Indian journal of veterinary science and animal husbandry - Volume 14,
Year: 1944
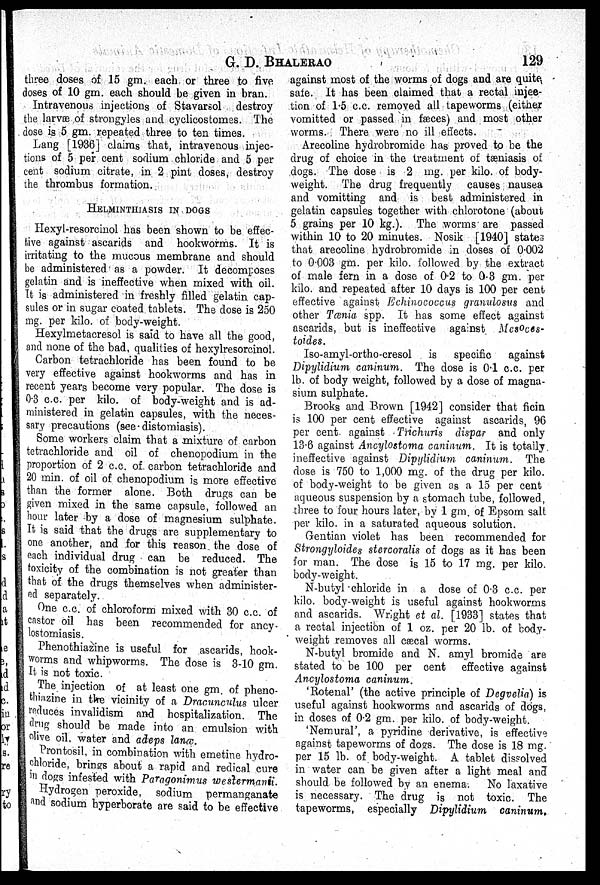
G. D.
BHALERAO
129
three doses of 15 gm. each or three to five
doses of 10 gm. each should be given in bran.
Intravenous injections of Stavarsol destroy
the larvæ of strongyles and cyclicostomes. The
dose is 5 gm. repeated three to ten times.
Lang [1936] claims that, intravenous injec-
tions of 5 per cent sodium chloride and 5 per
cent sodium citrate, in 2 pint doses, destroy
the thrombus formation.
HELMINTHIASIS IN DOGS
Hexyl-resorcinol has been shown to be effec-
tive against ascarids and hookworms. It is
irritating to the mucous membrane and should
be administered as a powder. It decomposes
gelatin and is ineffective when mixed with oil.
It is administered in freshly filled gelatin cap-
sules or in sugar coated tablets. The dose is 250
mg. per kilo. of body-weight.
Hexylmetacresol is said to have all the good,
and none of the bad, qualities of hexylresorcinol.
Carbon tetrachloride has been found to be
very effective against hookworms and has in
recent years become very popular. The dose is
0.3 c.c. per kilo. of body-weight and is ad-
ministered in gelatin capsules, with the neces-
sary precautions (see-distomiasis).
Some workers claim that a mixture of carbon
tetrachloride and oil of chenopodium in the
proportion of 2 c.c. of carbon tetrachloride and
20 min. of oil of chenopodium is more effective
than the former alone. Both drugs can be
given mixed in the same capsule, followed an
hour later by a dose of magnesium sulphate.
It is said that the drugs are supplementary to
one another, and for this reason the dose of
each individual drug can be reduced. The
toxicity of the combination is not greater than
that of the drugs themselves when administer-
ed separately.
One c.c. of chloroform mixed with 30 c.c. of
castor oil has been recommended for ancy-
lostomiasis.
Phenothiazine is useful for ascarids, hook-
worms and whipworms. The dose is 3-10 gm.
It is not toxic.
The injection of at least one gm. of pheno-
thiazine in the vicinity of a Dracunculus ulcer
reduces invalidism and hospitalization. The
drug should be made into an emulsion with
olive oil. water and adeps lanæ.
Prontosil, in combination with emetine hydro-
chloride, brings about a rapid and redical cure
in dogs infested with Paragonimus westermanii.
Hydrogen peroxide, sodium permanganate
and sodium hyperborate are said to be effective
against most of the worms of dogs and are quite
safe. It has been claimed that a rectal injec-
tion of 1.5 c.c. removed all tapeworms (either
vomitted or passed in fæces) and most other
worms. There were no ill effects.
Arecoline hydrobromide has proved to be the
drug of choice in the treatment of tæniasis of
dogs. The dose is 2 mg. per kilo. of body-
weight. The drug frequently
causes nausea
and vomitting and is best administered in
gelatin capsules together with chlorotone (about
5 grains per 10 kg.). The worms are passed
within 10 to 20 minutes. Nosik [1940] states
that arecoline hydrobromide in doses of 0.002
to 0003 gm. per kilo. followed by the extract
of male fern in a dose of 0.2 to 0.3 gm. per
kilo. and repeated after 10 days is 100 per cent
effective against Echinococcus granulosus and
other Tænia- spp. It has some effect against
ascarids, but is ineffective against Mesoces-
toides.
Iso-amyl-ortho-cresol
is specific
against
Dipylidium caninum. The dose is 0.1 c.c. per
lb. of body weight, followed by a dose of magna-
sium sulphate.
Brooks and Brown [1942] consider that ficin
is 100 per cent effective against ascarids, 96
per cent against Trichuris dispar and only
13.6 against Ancylostoma caninum. It is totally
ineffective against Dipylidium caninum. The
dose is 750 to 1,000 mg. of the drug per kilo.
of body-weight to be given as a 15 per cent
aqueous suspension by a stomach tube, followed,
three to four hours later, by 1 gm. of Epsom salt
per kilo. in a saturated aqueous solution.
Gentian violet has been recommended for
Strongyloides stercoralis of dogs as it has been
for man. The dose is 15 to 17 mg. per kilo.
body-weight.
N-butyl chloride in a dose of 0.3 c.c. per
kilo. body-weight is useful against hookworms
and ascarids. Wright et al. [1933] states that
a rectal injection of 1 oz. per 20 lb. of body-
weight removes all cæcal worms.
N-butyl bromide and N. amyl bromide are
stated to be 100 per cent effective against
Ancylostoma caninum.
'Rotenal' (the active principle of Degvelia) is
useful against hookworms and ascarids of dogs,
in doses of 0.2 gm. per kilo of body-weight.
'Nemural', a pyridine derivative, is effective
against tapeworms of dogs. The dose is 18 mg.
per 15 lb. of body-weight. A tablet dissolved
in water can be given after a light meal and
should be followed by an enema.
No laxative
is necessary. The drug is not toxic. The
tapeworms, especially Dipylidium
caninum.